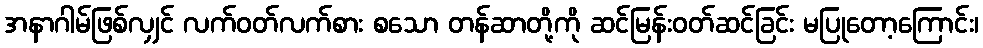
အနာဂါမ်ဖြစ်လျှင် လက်ဝတ်လက်စား စသော တန်ဆာတို့ကို ဆင်မြန်းဝတ်ဆင်ခြင်း မပြုတော့ကြောင်း၊